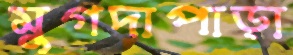
মুগদাপাড়া